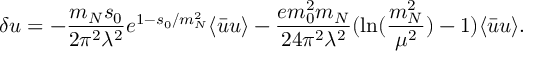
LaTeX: \delta u = - { \frac { m _ { N } s _ { 0 } } { 2 \pi ^ { 2 } \lambda ^ { 2 } } } e ^ { 1 - s _ { 0 } / m _ { N } ^ { 2 } } \langle \bar { u } u \rangle - { \frac { e m _ { 0 } ^ { 2 } m _ { N } } { 2 4 \pi ^ { 2 } \lambda ^ { 2 } } } ( \ln ( { \frac { m _ { N } ^ { 2 } } { \mu ^ { 2 } } } ) - 1 ) \langle \bar { u } u \rangle .